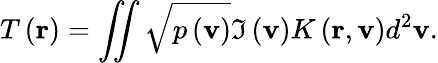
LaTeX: T\left({\mathbf{r}}\right)=\iint{\sqrt{p\left({\mathbf{v}}\right)}\Im\left({\mathbf{v}}\right)K\left({\mathbf{r}},{\mathbf{v}}\right){{d}^{2}}{\mathbf{v}}}.